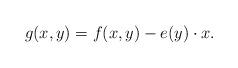
LaTeX: \begin{align*}g(x,y)=f(x,y)-e(y)\cdot x.\end{align*}